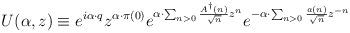
LaTeX: \begin{align*}U(\alpha,z) \equiv e^{i\alpha\cdot q} z^{\alpha\cdot\pi(0)} e^{\alpha\cdot\sum_{n>0}\frac {A^{\dag}(n)}{\sqrt{n}} z^n} e^{-\alpha\cdot\sum_{n>0} \frac {a(n)}{\sqrt{n}}z^{-n}}\end{align*}